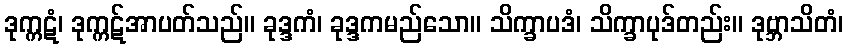
ဒုက္ကဋံ၊ ဒုက္ကဋ်အာပတ်သည်။ ခုဒ္ဒကံ၊ ခုဒ္ဒကမည်သော။ သိက္ခာပဒံ၊ သိက္ခာပုဒ်တည်း။ ဒုဗ္ဘာသိတံ၊